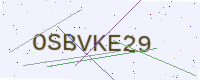
Text: OSBVKE29